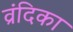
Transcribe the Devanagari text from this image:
व्रंदिका